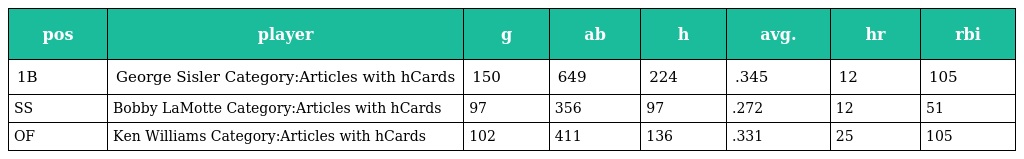
| pos | player | g | ab | h | avg. | hr | rbi |
 | --- | --- | --- | --- | --- | --- | --- | --- |
 | 1B | George Sisler Category:Articles with hCards | 150 | 649 | 224 | .345 | 12 | 105 |
 | SS | Bobby LaMotte Category:Articles with hCards | 97 | 356 | 97 | .272 | 12 | 51 |
 | OF | Ken Williams Category:Articles with hCards | 102 | 411 | 136 | .331 | 25 | 105 |